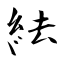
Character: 紶